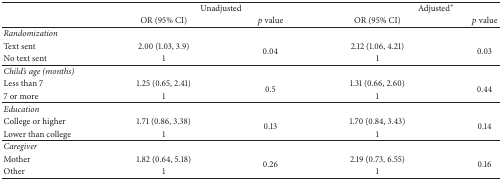
<table><thead><tr><td rowspan="2"><b> </b></td><td colspan="2"><b> Unadjusted</b></td><td colspan="2"><b> Adjusted <sup><i>∗</i></sup></b></td></tr><tr><td><b>OR (95% CI)</b></td><td><b><i>p</i> value</b></td><td><b>OR (95% CI)</b></td><td><b><i>p</i> value</b></td></tr></thead><tbody><tr><td><i>Randomization</i></td><td> </td><td> </td><td> </td><td> </td></tr><tr><td>Text sent</td><td>2.00 (1.03, 3.9)</td><td rowspan="2">0.04</td><td>2.12 (1.06, 4.21)</td><td rowspan="2">0.03</td></tr><tr><td>No text sent</td><td>1</td><td>1</td></tr><tr><td><i>Child&#x27;s age (months)</i></td><td> </td><td> </td><td> </td><td> </td></tr><tr><td>Less than 7</td><td>1.25 (0.65, 2.41)</td><td rowspan="2">0.5</td><td>1.31 (0.66, 2.60)</td><td rowspan="2">0.44</td></tr><tr><td>7 or more</td><td>1</td><td>1</td></tr><tr><td><i>Education</i></td><td> </td><td> </td><td> </td><td> </td></tr><tr><td>College or higher</td><td>1.71 (0.86, 3.38)</td><td rowspan="2">0.13</td><td>1.70 (0.84, 3.43)</td><td rowspan="2">0.14</td></tr><tr><td>Lower than college</td><td>1</td><td>1</td></tr><tr><td><i>Caregiver</i></td><td> </td><td> </td><td> </td><td> </td></tr><tr><td>Mother</td><td>1.82 (0.64, 5.18)</td><td rowspan="2">0.26</td><td>2.19 (0.73, 6.55)</td><td rowspan="2">0.16</td></tr><tr><td>Other</td><td>1</td><td>1</td></tr></tbody></table>